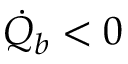
\dot { Q } _ { b } < 0